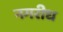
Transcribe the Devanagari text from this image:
नगरीध